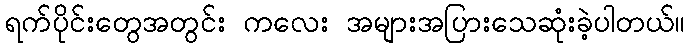
ရက်ပိုင်းတွေအတွင်း ကလေး အများအပြားသေဆုံးခဲ့ပါတယ်။